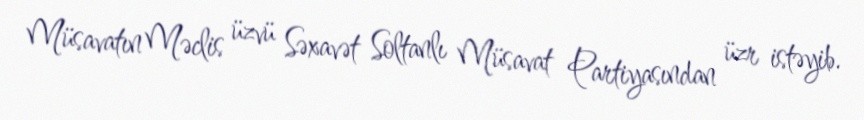
Müsavatın Məclis üzvü Səxavət Soltanlı Müsavat Partiyasından üzr istəyib.